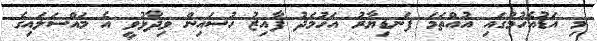
މި އަޑުއެހުމުގައި އުއްތަމަ ފަނޑިޔާރު އަހުމަދު ފާއިޒު ހުސައިން ވިދާޅުވީ އެ މައްސަލައިގެ